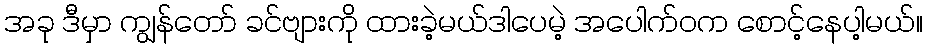
အခု ဒီမှာ ကျွန်တော် ခင်ဗျားကို ထားခဲ့မယ်ဒါပေမဲ့ အပေါက်ဝက စောင့်နေပါ့မယ်။